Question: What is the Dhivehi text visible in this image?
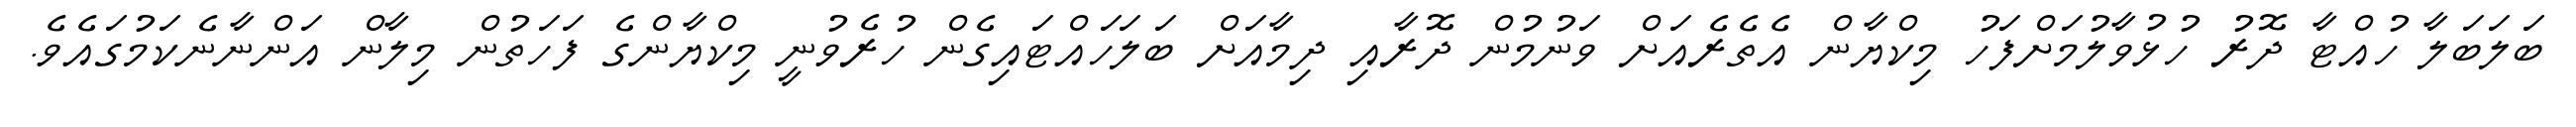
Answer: ބަލަބަލާ ހުއްޓާ ދޮރު ހުޅުވާލުމަށްފަހު މިކްޔާން އެތެރެއަށް ވަނުމުން ދޮރާއި ދިމާއަށް ބަލަހައްޓައިގެން ހުރެވުނީ މިކްޔާންގެ ފަހަތުން މިލާން އަންނާނެކަމުގައެވެ.